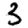
Digit: 3